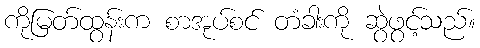
ကိုမြတ်ထွန်းက စာအုပ်စင် တံခါးကို ဆွဲဖွင့်သည်။